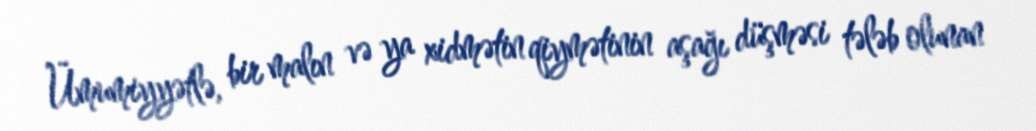
Ümumiyyətlə, bir malın və ya xidmətin qiymətinin aşağı düşməsi tələb olunan